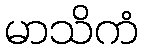
မာသိကံ